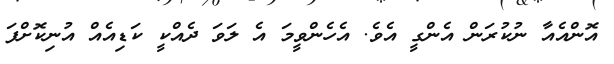
އޮންއެއާ ނުކުރަން އެންގީ އެވެ. އެހެންވީމަ އެ ލަވަ ދެއްކީ ކަޑިއެއް އުނިކޮށްފަ